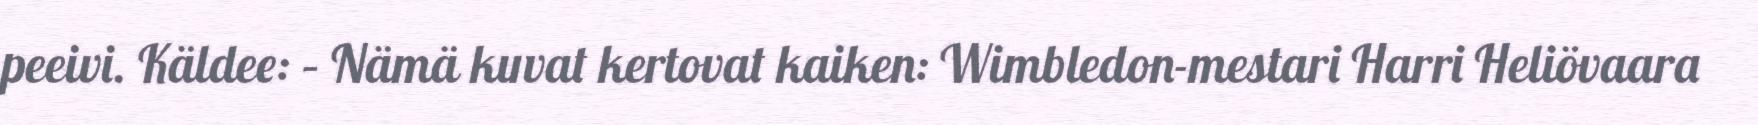
peeivi. Käldee: – Nämä kuvat kertovat kaiken: Wimbledon-mestari Harri Heliövaara